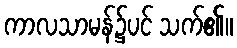
ကာလသာမန်၌ပင် သက်၏။